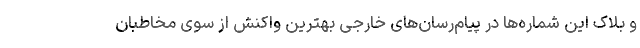
و بلاک این شماره‌ها در پیام‌رسان‌های خارجی بهترین واکنش از سوی مخاطبان